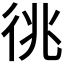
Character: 𢓝